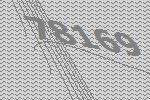
78169